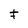
Character: F